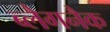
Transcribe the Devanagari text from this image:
ब्लैगनैक